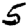
Digit: 5